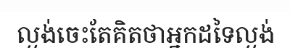
ល្ងង់ចេះតែគិតថាអ្នកដទៃល្ងង់